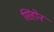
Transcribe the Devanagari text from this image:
सिंहोन